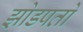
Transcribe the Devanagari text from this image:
झोडपतो